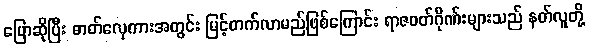
ပြောဆိုပြီး ဓာတ်လှေကားအတွင်း မြင့်တက်လာမည်ဖြစ်ကြောင်း ရာဇဝတ်ဂိုဏ်းများသည် နတ်လူတို့